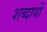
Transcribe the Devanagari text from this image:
शब्दार्थो